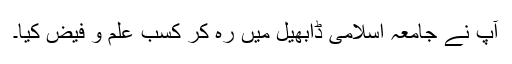
آپ نے جامعہ اسلامی ڈابھیل میں رہ کر کسب علم و فیض کیا۔